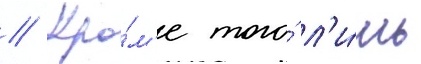
// Кро́м'е того́ л'и́шь